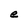
Character: e